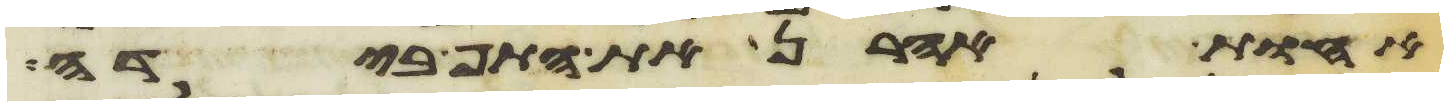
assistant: אחות אהרן את התף בידה